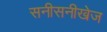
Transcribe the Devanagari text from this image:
सनीसनीखेज